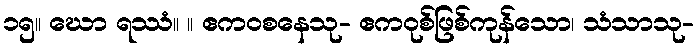
၁၅။ ဃော ရဿံ။ ။ ဧကဝစနေသု- ဧကဝုစ်ဖြစ်ကုန်သော၊ သံသာသု-